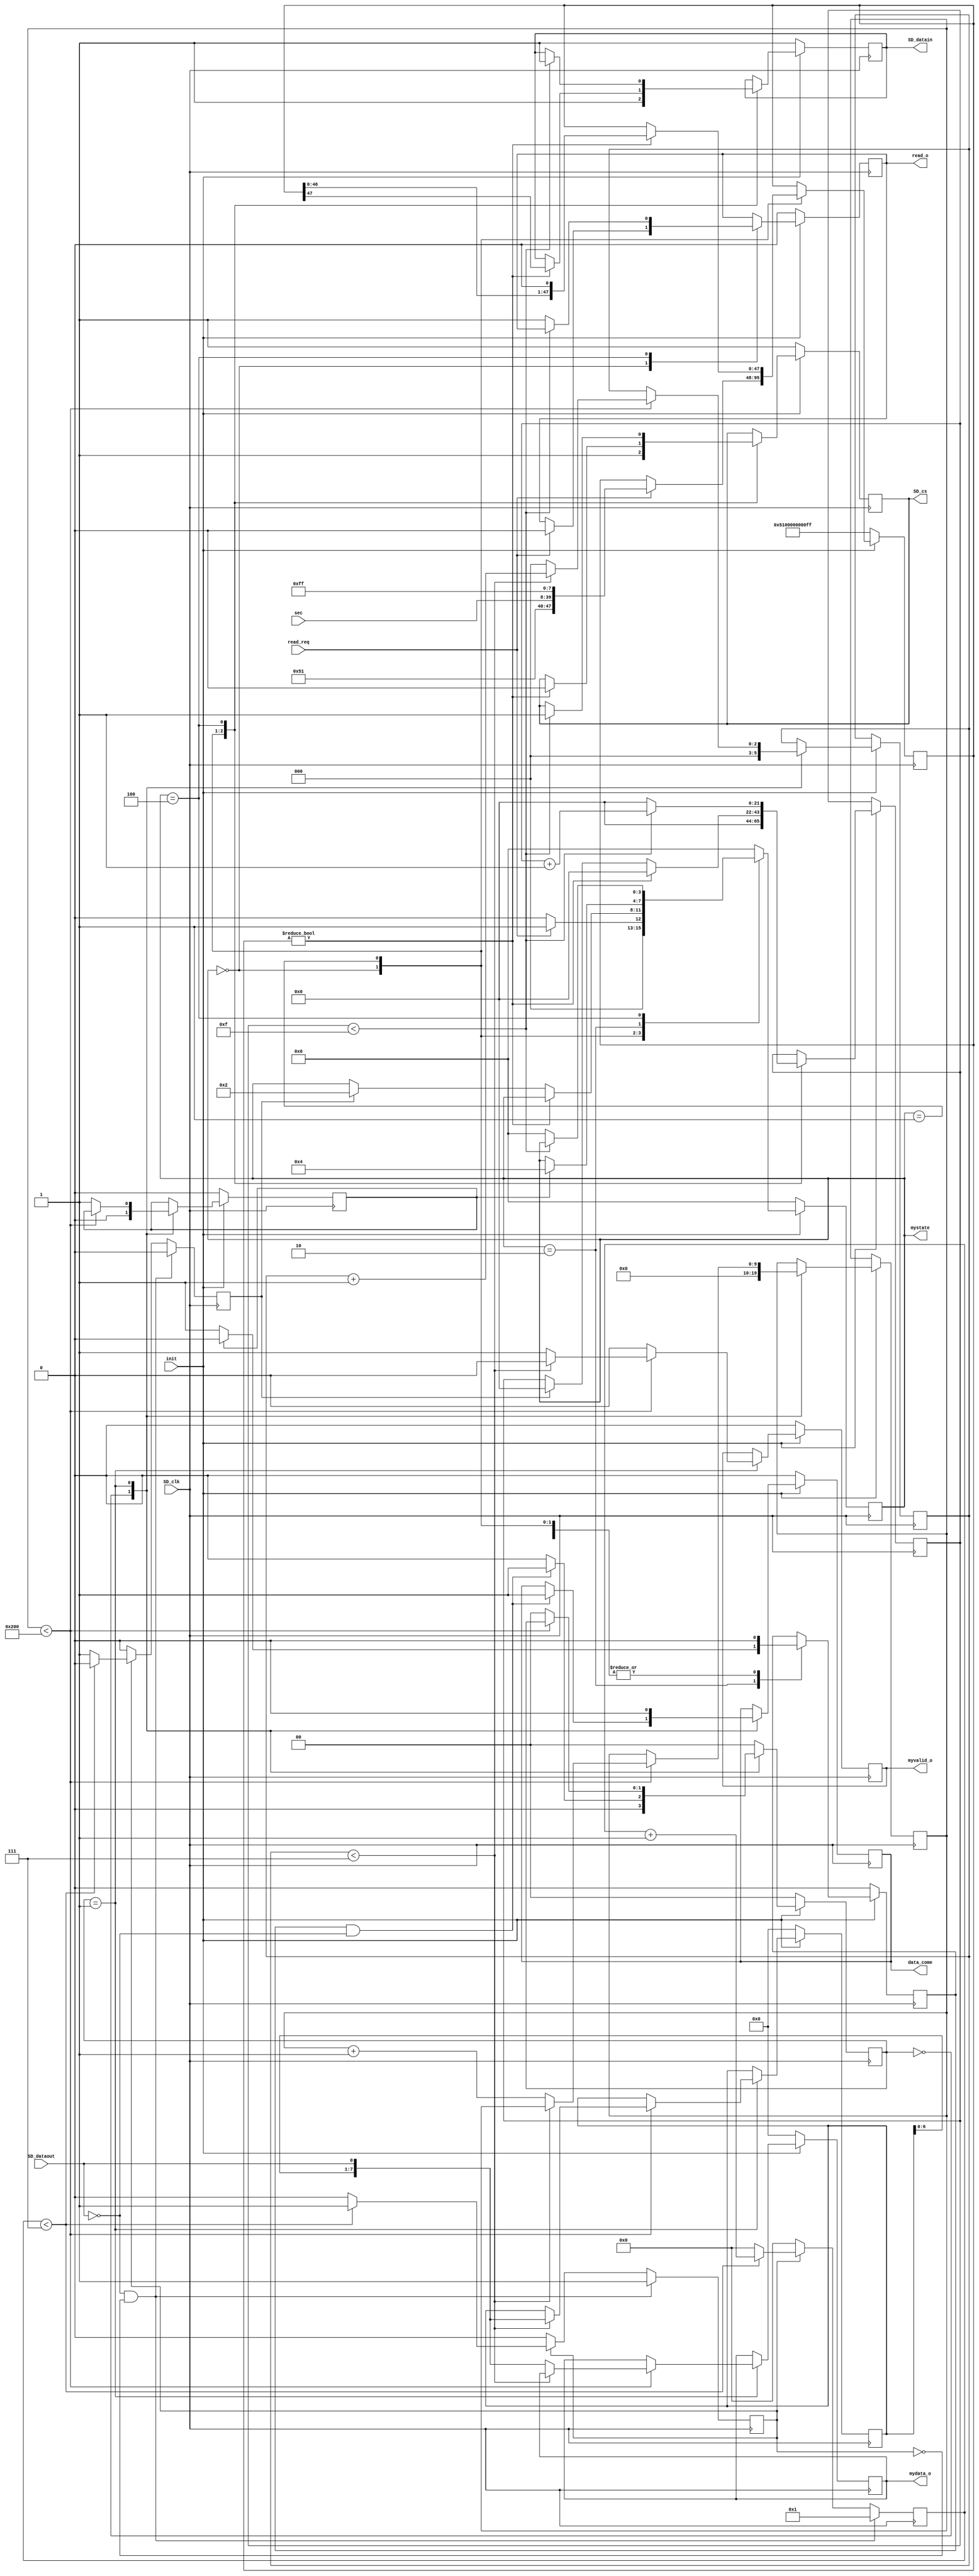
module sd_read(   input SD_clk,
						output reg SD_cs,
						output reg SD_datain,
						input  SD_dataout,
						
						input [31:0] sec,            //SDsec
						input read_req,
						output reg [7:0]mydata_o,
						output reg myvalid_o,
						output reg data_come,
						
						input init,
						
						output reg [3:0] mystate,
						output reg read_o
						
						
    );
	 

reg [7:0] rx;
reg en;
reg rx_valid;
reg [5:0] aa;	 
reg [21:0] cnt;

reg myen;

reg read_finish;
reg read_start;

reg [7:0] mydata;

reg [1:0] read_step;
reg [9:0] read_cnt;

reg [47:0] CMD17; //CMD17

reg [2:0] cnta,cntb;

parameter idle=4'd0;
parameter read=4'd1;
parameter read_wait=4'd2;
parameter read_data=4'd3;
parameter read_done=4'd4;
	 
always @(posedge SD_clk)
begin
	rx[0]<=SD_dataout;
	rx[7:1]<=rx[6:0];
end

//block
always @(posedge SD_clk)
begin
	if(!SD_dataout&&!en)begin rx_valid<=1'b0; aa<=1;en<=1'b1;end      //SD_dataout,SD_dataout,
   else if(en)	begin 
		if(aa<7) begin
			aa<=aa+1'b1; 
			rx_valid<=1'b0;
		end
		else begin
			aa<=0;
			en<=1'b0;
			rx_valid<=1'b1;             //8bit,rx_valid
		end
	end
	else begin en<=1'b0;aa<=0;rx_valid<=1'b0;end
end

//block SD
always @(negedge SD_clk)
if(!init)
	begin
		mystate<=idle;
		CMD17<={8'h51,8'h00,8'h00,8'h00,8'h00,8'hff};
		read_start<=1'b0;
		read_o<=1'b0;
		SD_cs<=1'b1;
		SD_datain<=1'b1;		
	end
else
	begin
	case(mystate)
		idle:	begin
				read_start<=1'b0;
				SD_cs<=1'b1;
				SD_datain<=1'b1;
				cnt<=22'd0;			
				if(read_req)            //
					begin
						mystate<=read;
						read_o<=1'b0;
						CMD17<={8'h51,sec[31:24],sec[23:16],sec[15:8],sec[7:0],8'hff};
					end
				else mystate<=idle;
		end
		read: begin                    //CMD17 (single Block Read)	
			   read_start<=1'b0;
			   if(CMD17!=48'd0) begin
					SD_cs<=1'b0;
					SD_datain<=CMD17[47];
					CMD17<={CMD17[46:0],1'b0};     //
					myen<=1'b0;
					cnt<=22'd0;									
				end
				else begin 
				   if(rx_valid) begin         //			
						cnt<=0;
						mystate<=read_wait;
					end
				end
		end
		read_wait: begin             //,
		     if(read_finish)  begin
			     mystate<=read_done;
				  read_start<=1'b0;
			  end
			  else
			     read_start<=1'b1;				  
		end	
		read_done: begin               //512
			  read_start<=1'b0;
				if(cnt<22'd15) begin
					 SD_cs<=1'b1;
					 SD_datain<=1'b1;
					 cnt<=cnt+1'b1;
				 end
				 else begin 
				    cnt<=0;
					 mystate<=idle;
					 read_o<=1'b1;
				end
		end
		default:mystate<=0;
		endcase		
	end

//SD	
always @(posedge SD_clk)
begin
	if(!init)begin
		myvalid_o<=1'b0;
		mydata_o<=0;
		mydata<=0;
		read_step<=2'b00;
		read_finish<=1'b0;
		data_come<=1'b0;
	end
	else begin
		case (read_step) 
		2'b00: begin
			cntb<=0;
			read_cnt<=0;
			read_finish<=1'b0;
		   if((read_start==1'b1)&(!SD_dataout)) begin     //
				  read_step<=2'b01;
				  data_come<=1'b1;
			end	  
			else 
				  read_step<=2'b00;
		end
		2'b01: begin             //512bytes
			if(read_cnt<512)	begin
			   if(cntb<7)	begin
				      myvalid_o<=1'b0;
					   mydata<={mydata[6:0],SD_dataout};
					   cntb<=cntb+1'b1;
						data_come<=1'b0;
				 end
				 else begin
						myvalid_o<=1'b1;            //byte
						mydata_o<={mydata[6:0],SD_dataout};
						cntb<=0;
						read_cnt<=read_cnt+1'b1;
						data_come<=1'b0;
				  end
			 end
			 else begin 
				   read_finish<=1'b1;
					read_step<=2'b00;
					myvalid_o<=1'b0;
					data_come<=1'b0;
			 end
		end
		default:read_step<=2'b00;
		endcase	
    end
end	 

endmodule